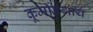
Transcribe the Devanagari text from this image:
कूर्माङ्गाय